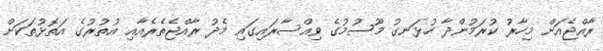
ރާއްޖެއަށް މިހާރު ކުރަމުންދާ ހުޅަނގު މޫސުމުގެ ވިއްސާރައިގައި މެދު ރާއްޖެތެރެއާއި އުތުރުގެ އަތޮޅުތަކަށް